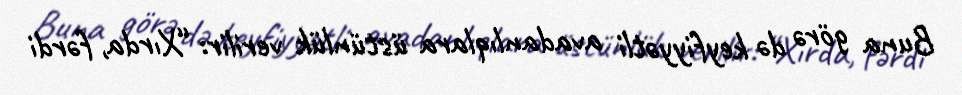
Buna görə də keyfiyyətli avadanlıqlara üstünlük verilir: “Xırda, fərdi